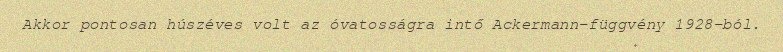
Akkor pontosan húszéves volt az óvatosságra intő Ackermann-függvény 1928-ból.